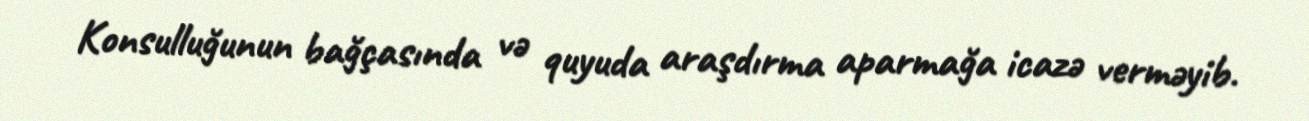
Konsulluğunun bağçasında və quyuda araşdırma aparmağa icazə verməyib.